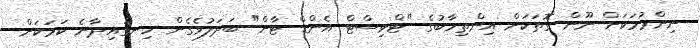
ނިންމުމަކަށް ނޫން ގޮތަކަށް އިންތިހާބުގެ "ޓްވިސްޓް އެންޑް ޓާން" ބަދަލުވެގެން ހިނގައިދާނެ ކަމަކަށް